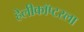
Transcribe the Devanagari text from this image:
हेलीकॉप्टरला